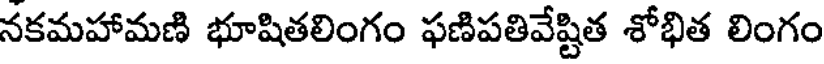
నకమహామణి భూషితలింగం ఫణిపతివేష్టిత శోభిత లింగం